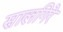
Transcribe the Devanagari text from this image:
सालगिरे